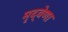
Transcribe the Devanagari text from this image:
मृद्‌वेणा